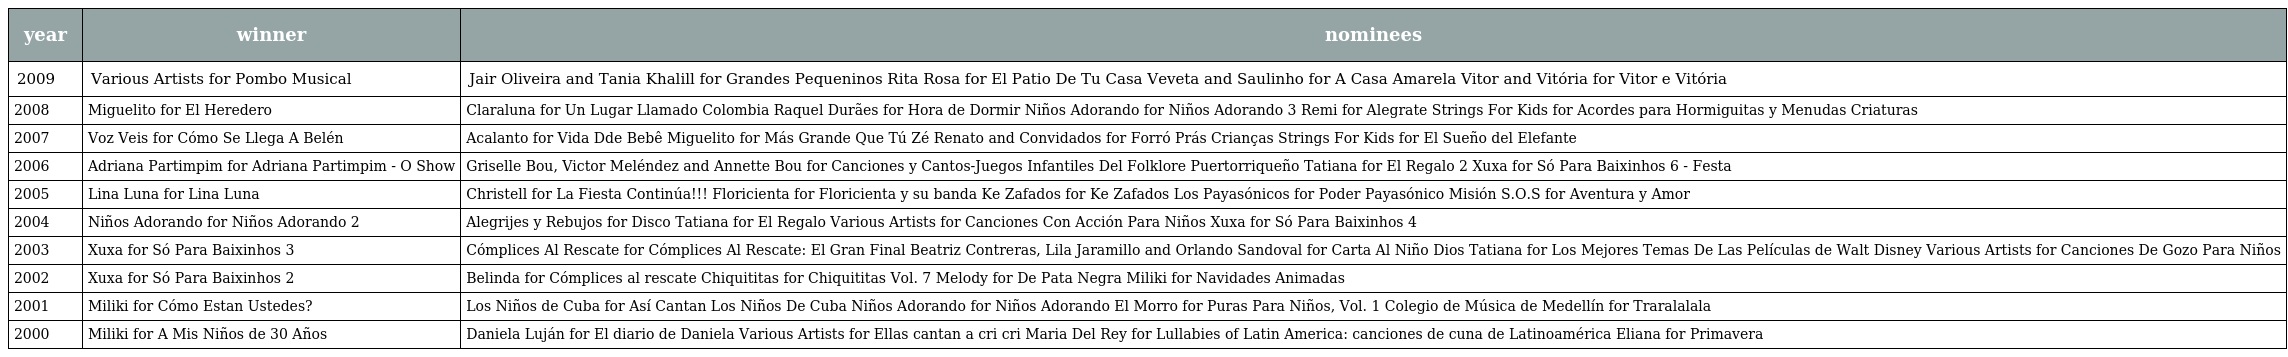
| year | winner | nominees |
 | --- | --- | --- |
 | 2009 | Various Artists for Pombo Musical | Jair Oliveira and Tania Khalill for Grandes Pequeninos Rita Rosa for El Patio De Tu Casa Veveta and Saulinho for A Casa Amarela Vitor and Vitória for Vitor e Vitória |
 | 2008 | Miguelito for El Heredero | Claraluna for Un Lugar Llamado Colombia Raquel Durães for Hora de Dormir Niños Adorando for Niños Adorando 3 Remi for Alegrate Strings For Kids for Acordes para Hormiguitas y Menudas Criaturas |
 | 2007 | Voz Veis for Cómo Se Llega A Belén | Acalanto for Vida Dde Bebê Miguelito for Más Grande Que Tú Zé Renato and Convidados for Forró Prás Crianças Strings For Kids for El Sueño del Elefante |
 | 2006 | Adriana Partimpim for Adriana Partimpim - O Show | Griselle Bou, Victor Meléndez and Annette Bou for Canciones y Cantos-Juegos Infantiles Del Folklore Puertorriqueño Tatiana for El Regalo 2 Xuxa for Só Para Baixinhos 6 - Festa |
 | 2005 | Lina Luna for Lina Luna | Christell for La Fiesta Continúa!!! Floricienta for Floricienta y su banda Ke Zafados for Ke Zafados Los Payasónicos for Poder Payasónico Misión S.O.S for Aventura y Amor |
 | 2004 | Niños Adorando for Niños Adorando 2 | Alegrijes y Rebujos for Disco Tatiana for El Regalo Various Artists for Canciones Con Acción Para Niños Xuxa for Só Para Baixinhos 4 |
 | 2003 | Xuxa for Só Para Baixinhos 3 | Cómplices Al Rescate for Cómplices Al Rescate: El Gran Final Beatriz Contreras, Lila Jaramillo and Orlando Sandoval for Carta Al Niño Dios Tatiana for Los Mejores Temas De Las Películas de Walt Disney Various Artists for Canciones De Gozo Para Niños |
 | 2002 | Xuxa for Só Para Baixinhos 2 | Belinda for Cómplices al rescate Chiquititas for Chiquititas Vol. 7 Melody for De Pata Negra Miliki for Navidades Animadas |
 | 2001 | Miliki for Cómo Estan Ustedes? | Los Niños de Cuba for Así Cantan Los Niños De Cuba Niños Adorando for Niños Adorando El Morro for Puras Para Niños, Vol. 1 Colegio de Música de Medellín for Traralalala |
 | 2000 | Miliki for A Mis Niños de 30 Años | Daniela Luján for El diario de Daniela Various Artists for Ellas cantan a cri cri Maria Del Rey for Lullabies of Latin America: canciones de cuna de Latinoamérica Eliana for Primavera |